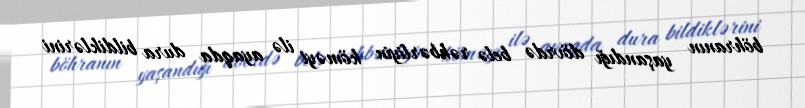
böhranın yaşandığı dövrdə belə rəhbərliyin köməyi ilə ayaqda dura bildiklərini